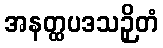
အနတ္ထပဒသဉှိတံ